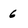
Character: 6